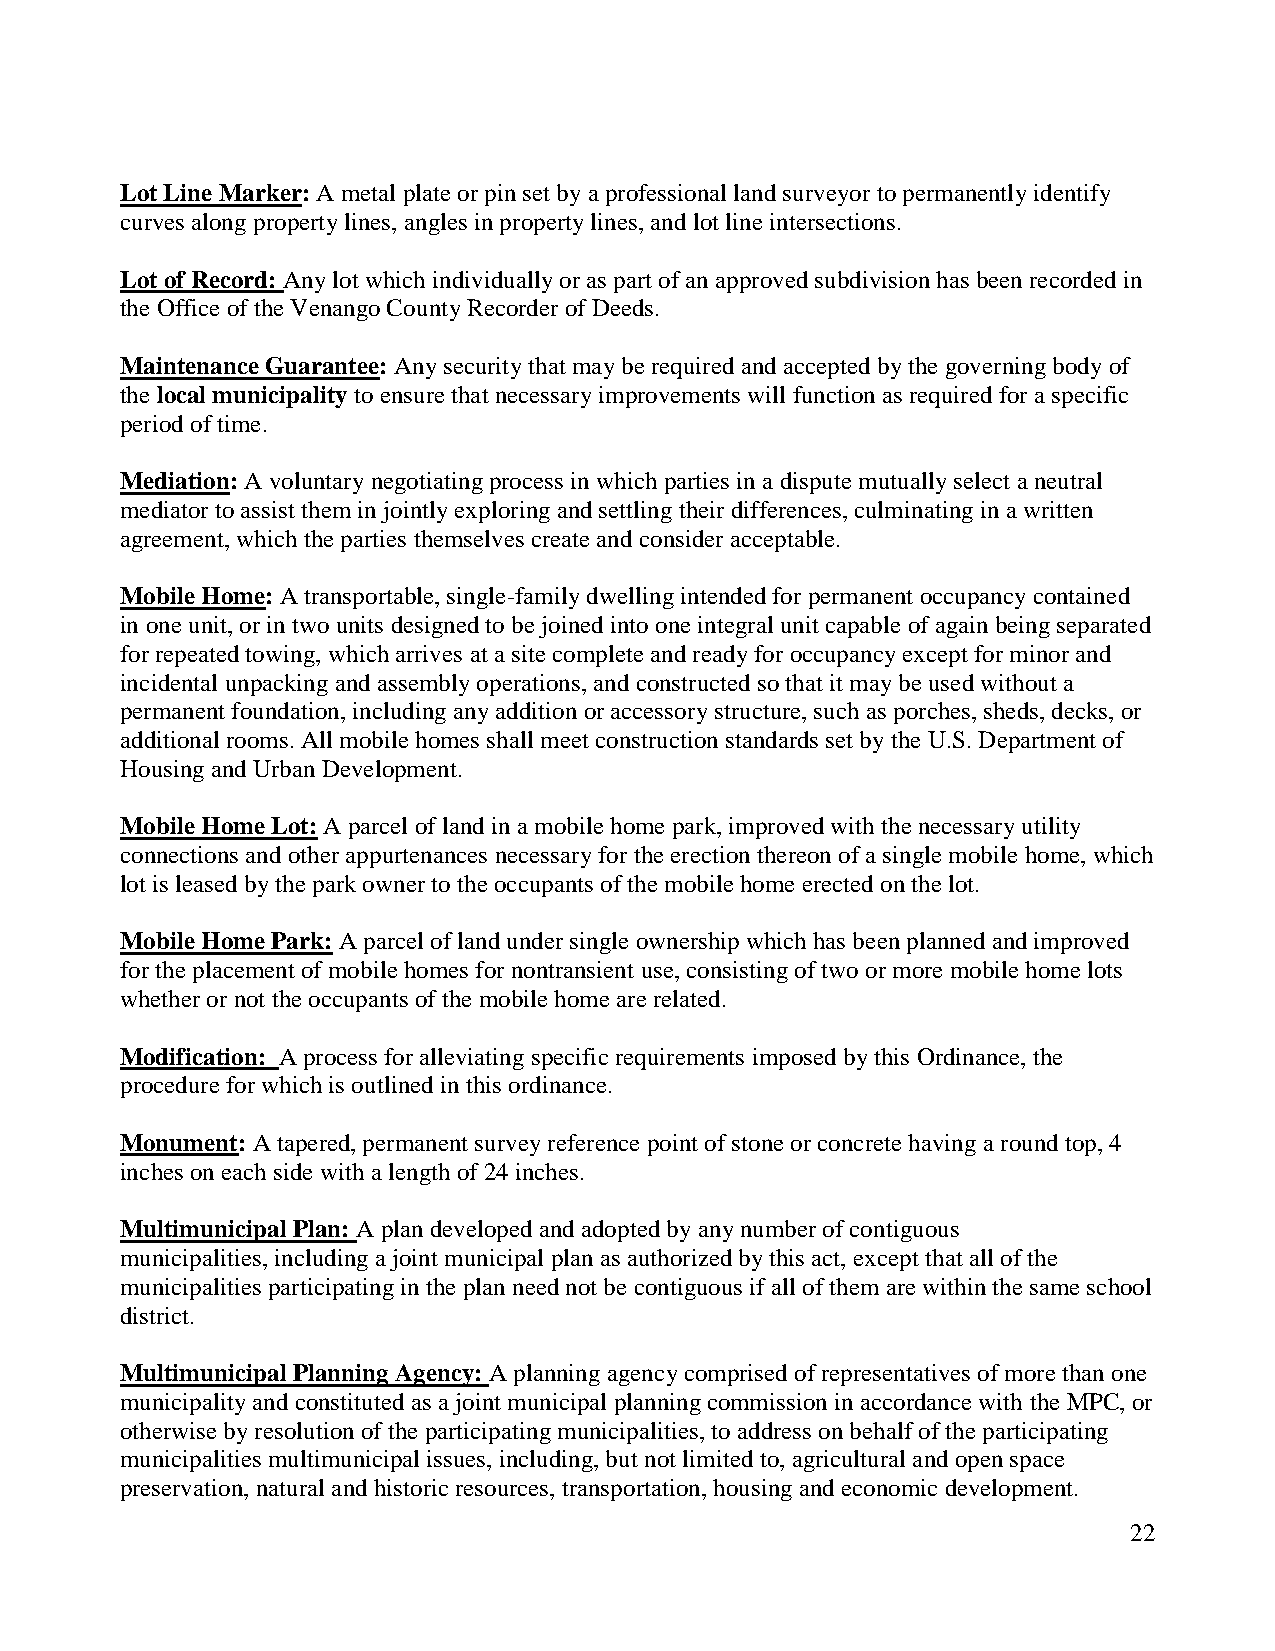
Lot Line Marker: A metal plate or pin set by a professional land surveyor to permanently identify
 curves along property lines, angles in property lines, and lot line intersections.
 Lot of Record: Any lot which individually or as part of an approved subdivision has been recorded in
 the Office of the Venango County Recorder of Deeds.
 Maintenance Guarantee: Any security that may be required and accepted by the governing body of
 the local municipality to ensure that necessary improvements will function as required for a specific
 period of time.
 Mediation: A voluntary negotiating process in which parties in a dispute mutually select a neutral
 mediator to assist them in jointly exploring and settling their differences, culminating in a written
 agreement, which the parties themselves create and consider acceptable.
 Mobile Home: A transportable, single-family dwelling intended for permanent occupancy contained
 in one unit, or in two units designed to be joined into one integral unit capable of again being separated
 for repeated towing, which arrives at a site complete and ready for occupancy except for minor and
 incidental unpacking and assembly operations, and constructed so that it may be used without a
 permanent foundation, including any addition or accessory structure, such as porches, sheds, decks, or
 additional rooms. All mobile homes shall meet construction standards set by the U.S. Department of
 Housing and Urban Development.
 Mobile Home Lot: A parcel of land in a mobile home park, improved with the necessary utility
 connections and other appurtenances necessary for the erection thereon of a single mobile home, which
 lot is leased by the park owner to the occupants of the mobile home erected on the lot.
 Mobile Home Park: A parcel of land under single ownership which has been planned and improved
 for the placement of mobile homes for nontransient use, consisting of two or more mobile home lots
 whether or not the occupants of the mobile home are related.
 Modification: A process for alleviating specific requirements imposed by this Ordinance, the
 procedure for which is outlined in this ordinance.
 Monument: A tapered, permanent survey reference point of stone or concrete having a round top, 4
 inches on each side with a length of 24 inches.
 Multimunicipal Plan: A plan developed and adopted by any number of contiguous
 municipalities, including a joint municipal plan as authorized by this act, except that all of the
 municipalities participating in the plan need not be contiguous if all of them are within the same school
 district.
 Multimunicipal Planning Agency: A planning agency comprised of representatives of more than one
 municipality and constituted as a joint municipal planning commission in accordance with the MPC, or
 otherwise by resolution of the participating municipalities, to address on behalf of the participating
 municipalities multimunicipal issues, including, but not limited to, agricultural and open space
 preservation, natural and historic resources, transportation, housing and economic development.
 22